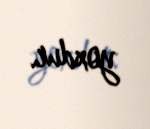
yoxdur.